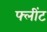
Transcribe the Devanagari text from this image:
फ्लींट